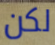
لكن